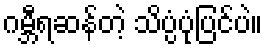
ဂမ္ဘီရဆန်တဲ့ သိပ္ပံပုံပြင်ပဲ။